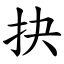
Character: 抉